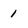
Character: 1